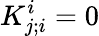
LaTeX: K_{j;i}^{i}=0